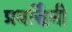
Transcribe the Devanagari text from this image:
प्रवर्द्धिनी